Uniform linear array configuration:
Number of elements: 64
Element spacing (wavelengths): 1
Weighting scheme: hann
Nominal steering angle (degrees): -45
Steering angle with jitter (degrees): -46.442
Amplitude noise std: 0.05
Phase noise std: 0.05

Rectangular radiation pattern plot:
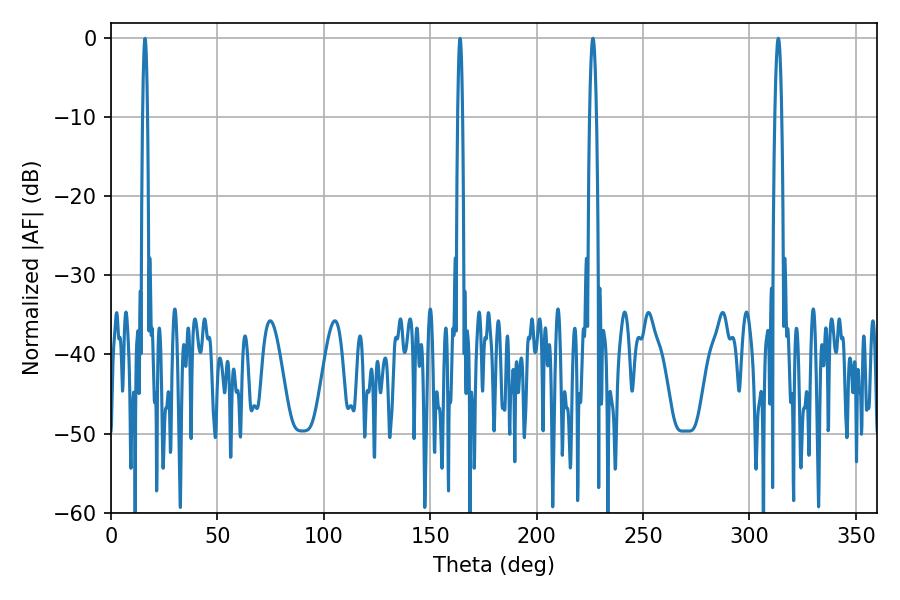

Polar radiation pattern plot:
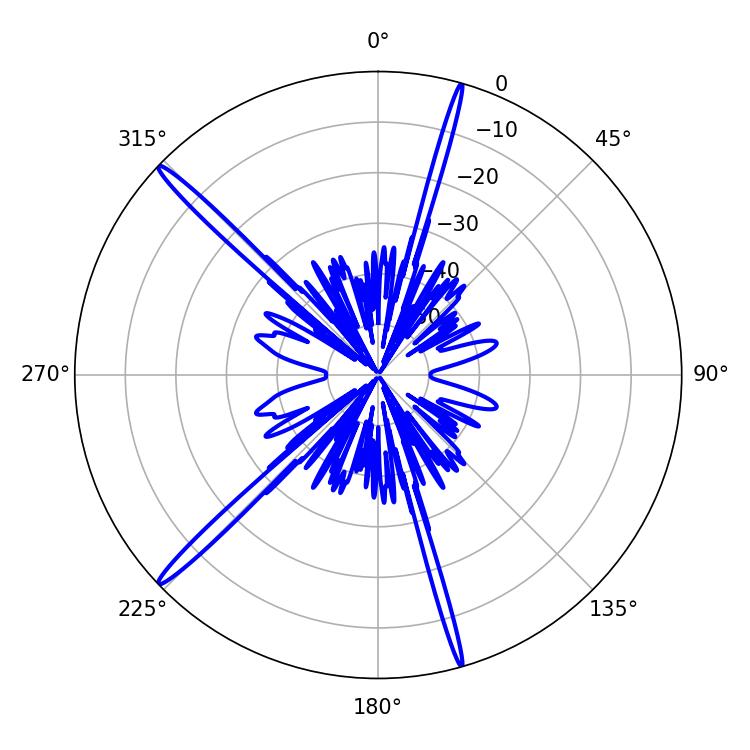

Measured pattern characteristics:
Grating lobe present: TRUE
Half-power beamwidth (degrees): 1.8
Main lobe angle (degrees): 226.44